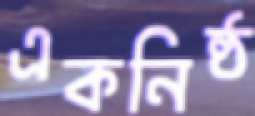
একনিষ্ঠ